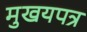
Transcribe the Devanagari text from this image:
मुखयपत्र